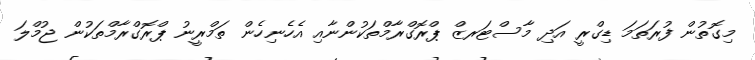
މިގޮތުން ފުރަތަމަ ޑިގްރީ އަދި މާސްޓަރޒް ޕްރޮގްރާމްތަކުންނާއި އެހެނިހެން ތަމްރީނު ޕްރޮގްރާމްތަކުން ޖުމްލަ